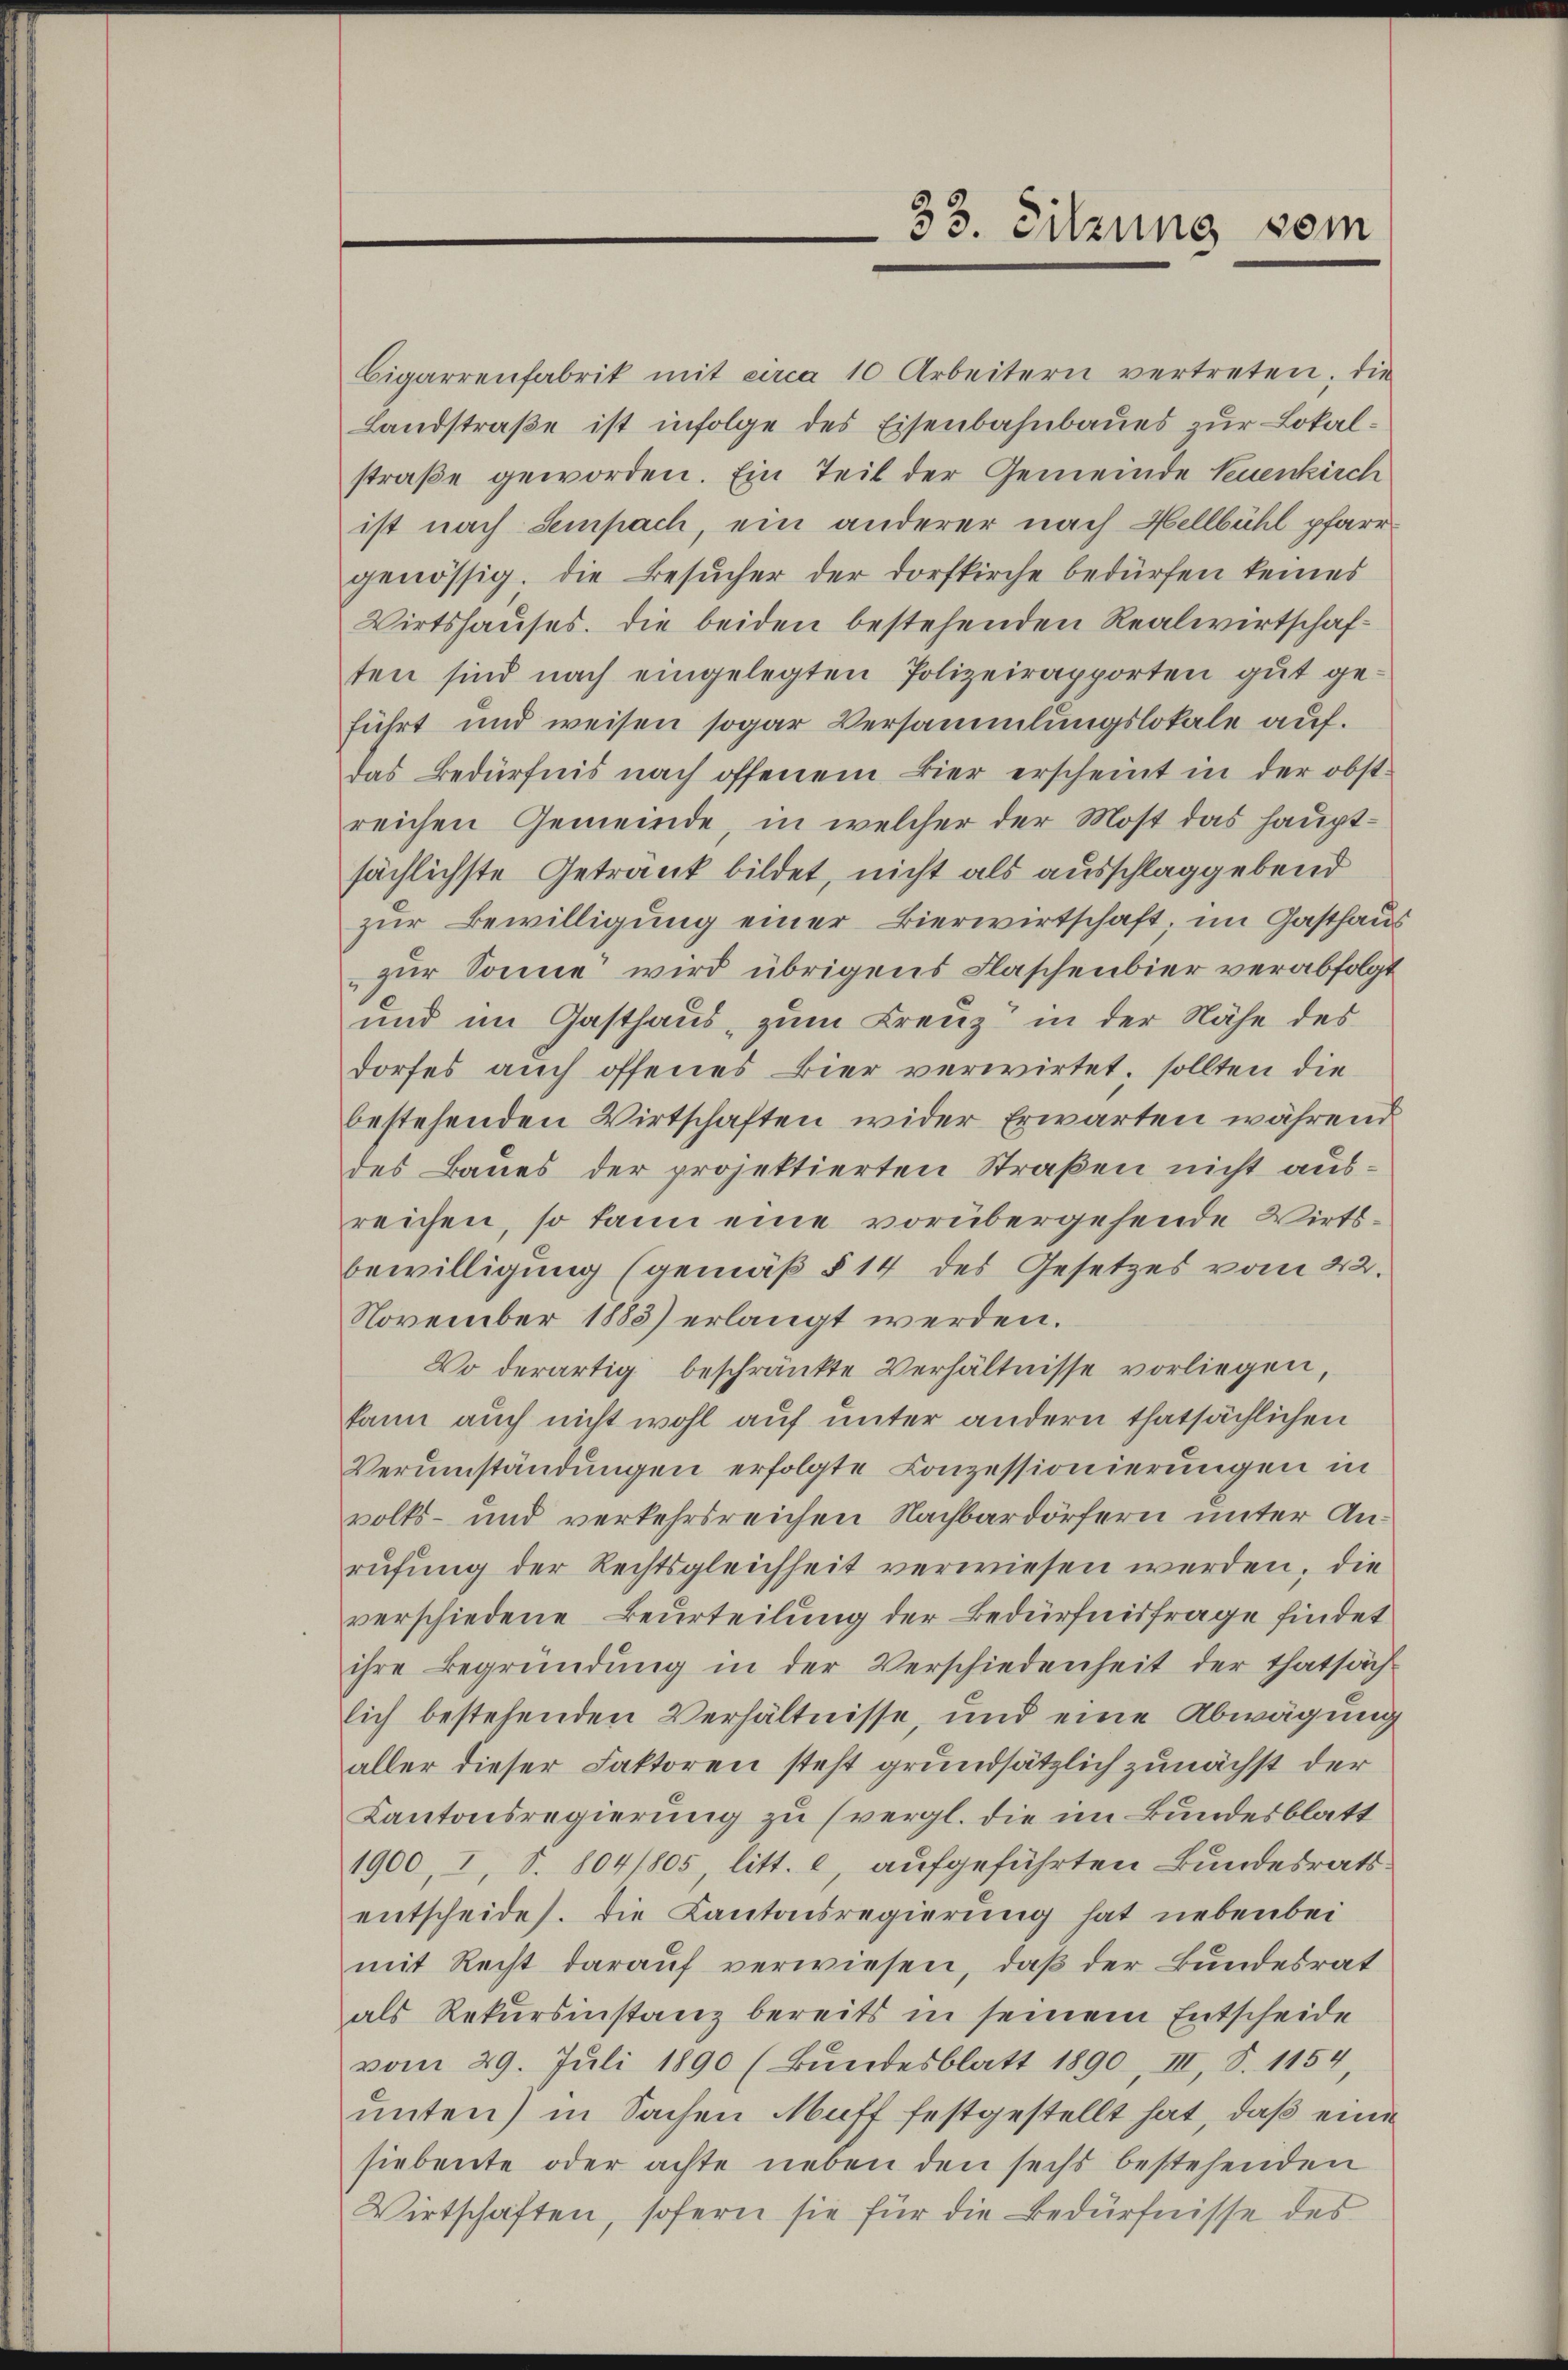
33. Sitzung vom

Cigarrenfabrik mit circa 10 Arbeitern vertreten, die
Landstraße ist infolge des Eisenbahnbaues zur Lokalstraße geworden. Ein Teil der Gemeinde Neuenkirch
ist nach Sempach, ein anderer nach Hellbühl pfarrgenössig. Die Besucher der Dorfkirche bedürfen keines
Wirtshauses. Die beiden bestehenden Realwirtschaften sind nach eingelegten Polizeirapporten gut ge-
führt und weisen sogar Versammlungslokale auf.
das Bedürfnis nach offenem Bier erscheint in der obstreichen Gemeinde, in welcher der Most das Hauptsächlichste Getrank bildet, nicht als ausschlaggebend
zur Bewilligung einer Bierwirtschaft, im Gasthaus
zur Sonne wird übrigens Flaschenbier verabfolgt
und im Gasthaus, zum Kreuz in der Nähe des
dorfes auch offenes Bier verwirtet, sollten die
bestehenden Wirtschaften wider Erwarten während
des Baues der projektierten Straßen nicht aus-
reichen, so kann eine vorübergehende Wirtsbewilligung (gemäß § 14 des Gesetzes vom 22.
November 1885) erlangt werden.
Wo derartig beschränkte Verhältnisse vorliegen,
kann auch nicht wohl auf unter andern thatsächlichen
Verŭmständungen erfolgte Conzessionierungen in
volks- und verkehrsreichen Nachbardörfern unter Anrufung der Rechtsgleichheit verwiesen werden, die
verschiedene Beurteilung der Bedürfnisfrage findet
ihre Begründung in der Verschiedenheit der thatsächlich bestehenden Verhältnisse, und eine Abwägung
aller dieser Faktoren steht grundsätzlich zunächst der
Kantonsregierung zu (vergl. die im Bundesblatt
1900, I, S. 804/805, litt. c, aufgeführten Bundesrats.
entscheides. Die Kantonsregierung hat nebenbei
mit Recht darauf verwiesen, daß der Bundesrat
als Rekursinstanz bereits in seinem Entscheide
vom 29. Juli 1890 (Bundesblatt 1890. III, S. 1154
unten) in Sachen Muff festgestellt hat, daß eine
siebente oder achte neben den sechs bestehenden
Wirtschaften, sofern sie für die Bedürfnisse des